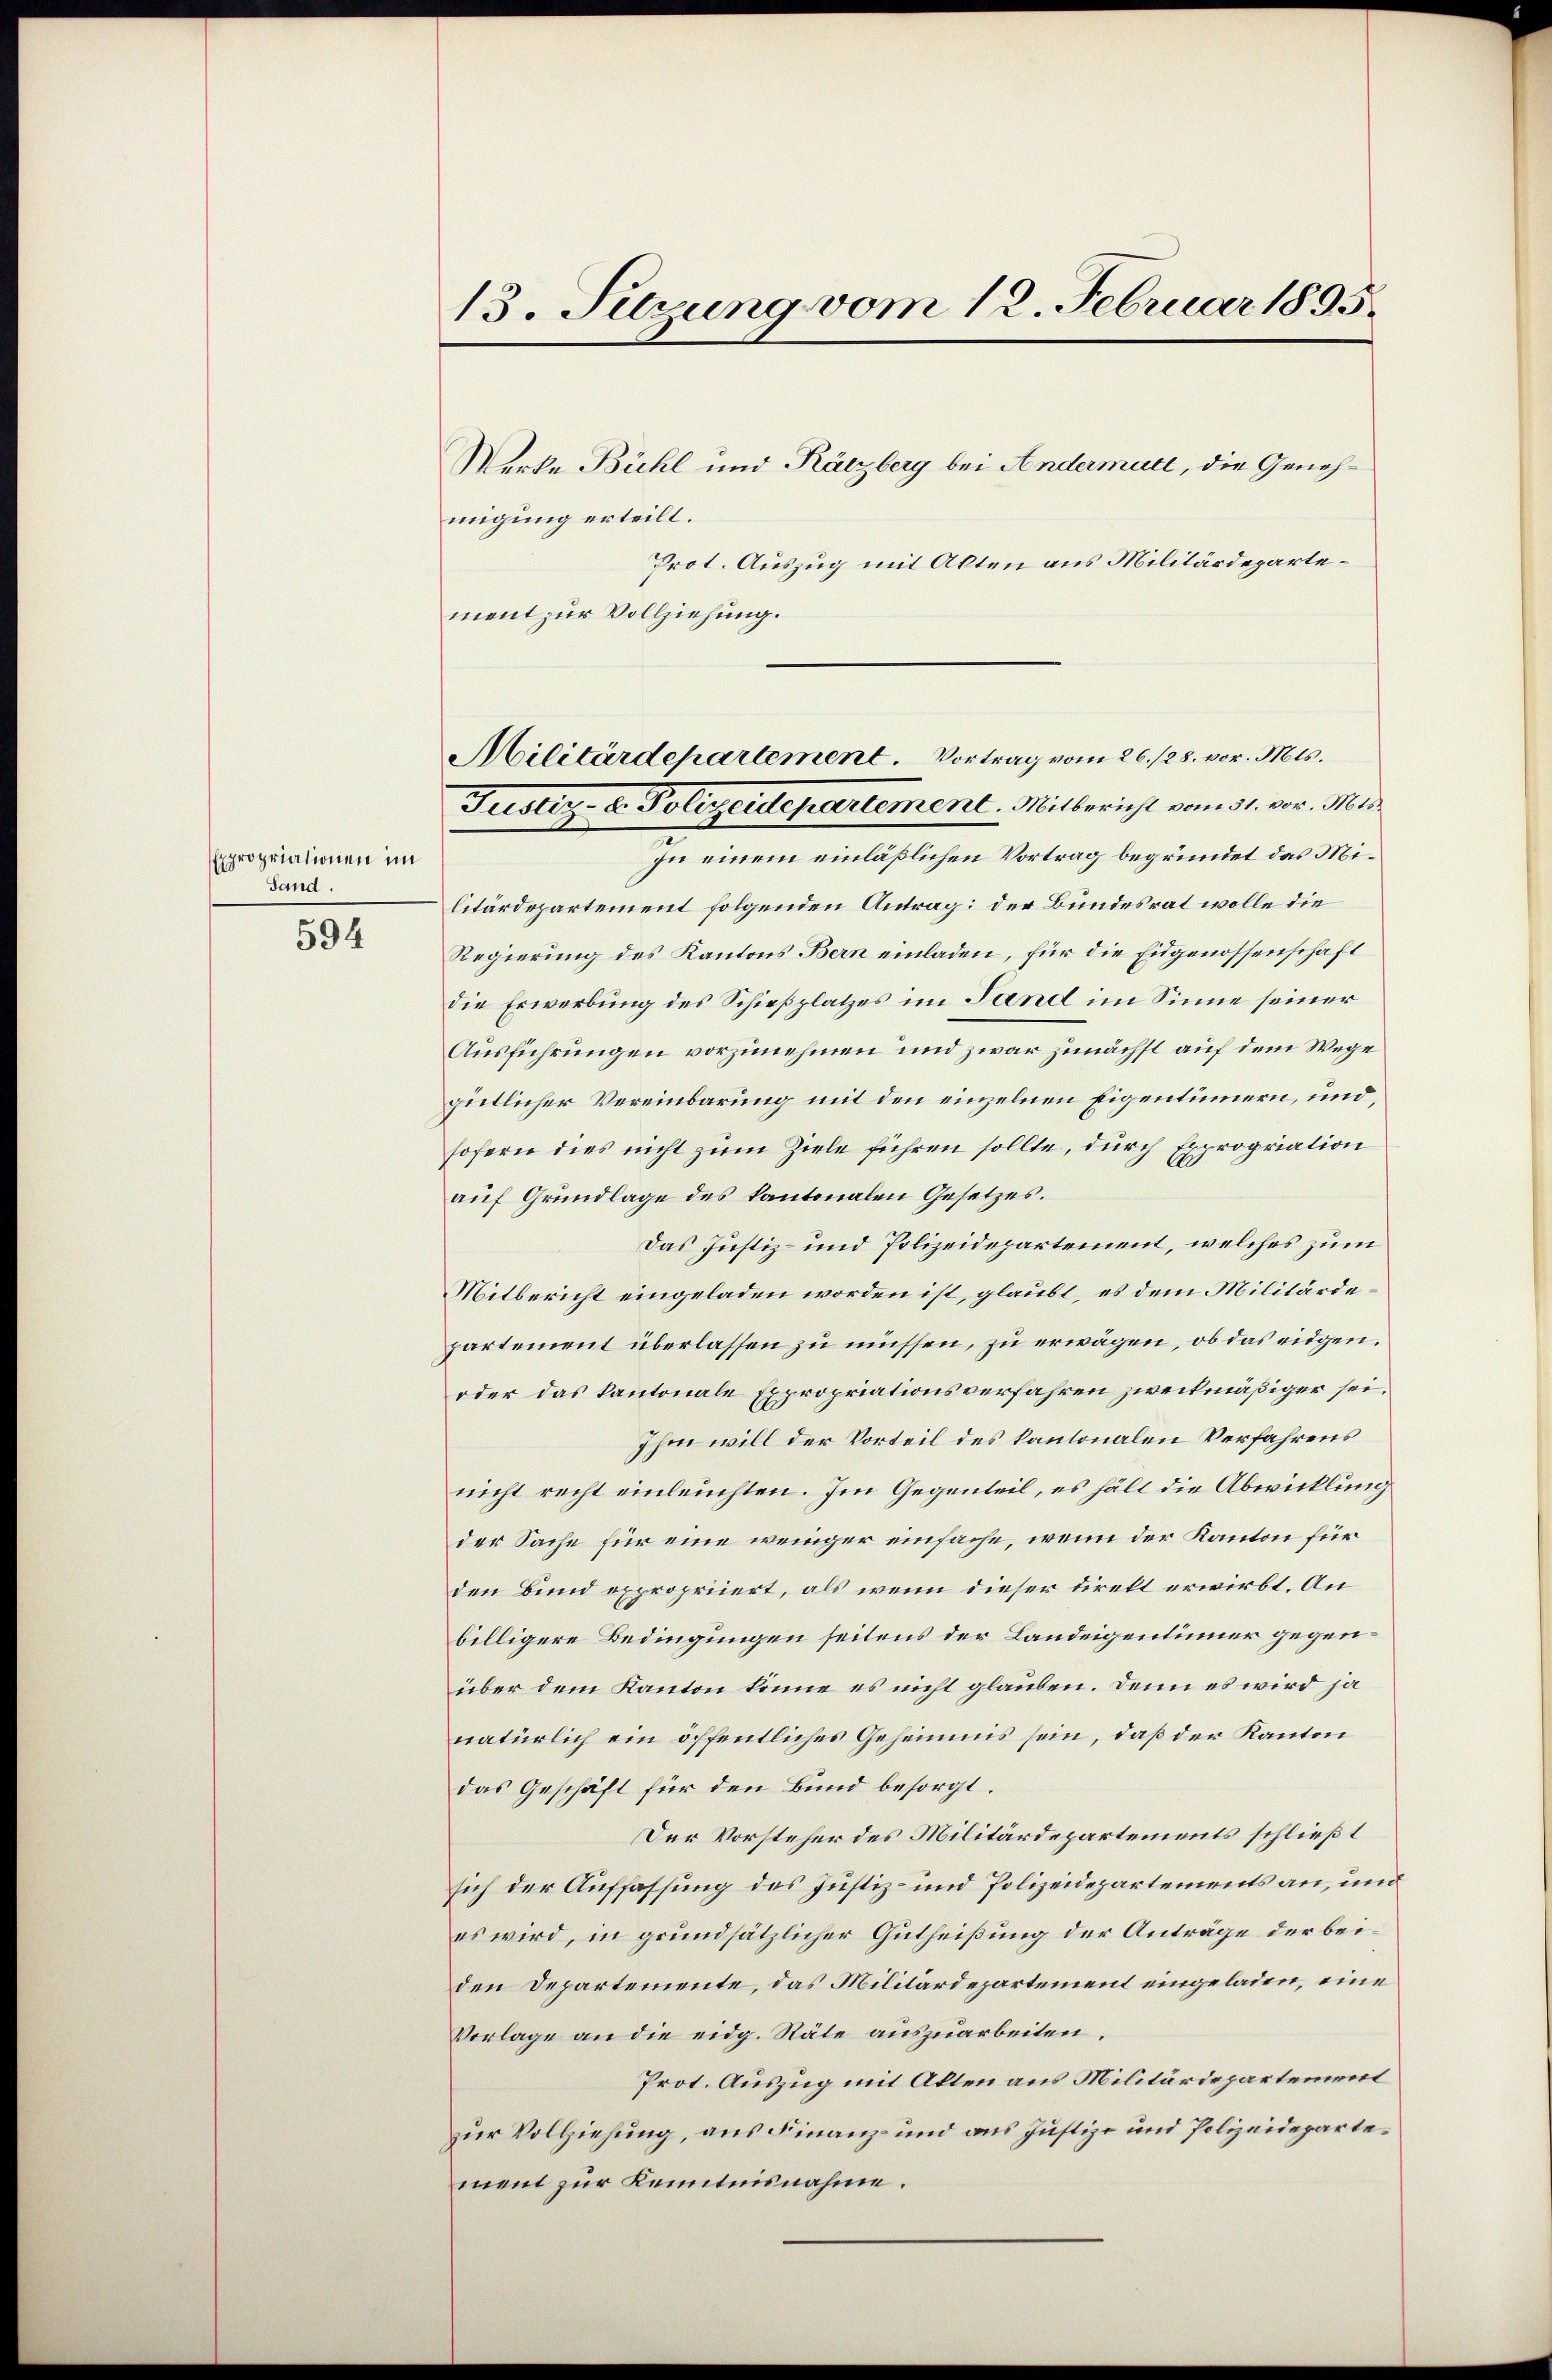
13. Setzung vom 12. Februar 1895.

Expropriationen im
Sand.
594

Werke Bühl und Räczberg bei Andermute, die Genehmigung erteilt.
Prot. Auszug mit Akten aus Militärdepartement zur Vollziehung.
zu einem einläßlichen Vortrag begründet das Militärdepartement folgenden Antrag: der Bundesrat wolle die
Regierung des Kantons Bern einladen, für die Eidgenossenschaft
die Erwerbung des Schießplatzes im Sand im Sinne seiner
Ausführungen vorzunehmen und zwar zunächst auf dem Wege
gütlicher Vereinbarung mit den einzelnen Eigentümern, und
sofern dies nicht zum Ziele führen sollte, durch Expropriation
auf Grundlage des kantonalen Gesetzes.
Das Justiz- und Polizeidepartement, welches zum
Mitbericht eingeladen worden ist, glaubt, es dem Militärdepartement überlassen zu müssen, zu erwägen, ob das eidgen.
oder das kantonale Expropriationsverfahren zweckmäßiger sei.
Ihm will der Vorteil des kantonalen Verfahrens
nicht recht einleuchten. Im Gegenteil, es halt die Abwicklung
der Sache für eine weniger einfache, wenn der Kanton für
den Bund expropriiert, als wenn dieser direkt erwirbt. An
billigere Bedingungen seitens der Landeigentinner gegenüber dem Kanton könne es nicht glauben. Denn es wird ja
natürlich ein öffentliches Geheimis sein, daß der Kanton
das Geschäft für den Bund besorgt.
Der Vorsteher des Militärdepartements schließt
sich der Auffassung des Justiz- und Polizeidepartements an, und
es wird, in grundsätzlicher Gutheißung der Anträge der beiden Departemente, das Militärdepartement eingeladen, eine
Vorlage an die eidg. Stäte auszuarbeiten.
Prot. Auszug mit Akten aus Militärdepartement
zur Vollziehung, aus Finanz- und aus Justiz- und Polizeidepartement zur Kenntnisnahme.

Militärdepartement. Vortrag vom 26./25. vor. Mts.
Justiz- u. Polizeidepartement. Mitbericht vom 31. vor. Mts.